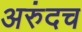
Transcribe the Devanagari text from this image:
अरुंदच